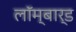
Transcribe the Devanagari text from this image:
लॉम्बार्ड